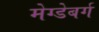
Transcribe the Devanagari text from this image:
मेग्डेबर्ग